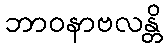
ဘာဝနာဗလန္တိ